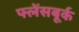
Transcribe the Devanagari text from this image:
फ्लेंसबूर्क